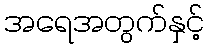
အရေအတွက်နှင့်